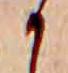
か